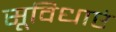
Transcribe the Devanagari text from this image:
सूविधाएं